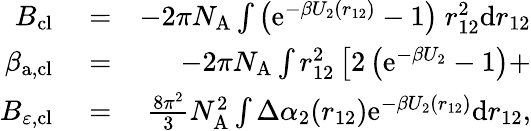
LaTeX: \begin{array}{rlr}{B_{\mathrm{cl}}}&{{}=}&{-2\pi N_{\mathrm{A}}\int\left(\mathrm{e}^{-\beta U_{2}(r_{12})}-1\right)~r_{12}^{2}\mathrm{d}r_{12}}\\ {\beta_{\mathrm{a,cl}}}&{{}=}&{-2\pi N_{\mathrm{A}}\int r_{12}^{2}\left[2\left(\mathrm{e}^{-\beta U_{2}}-1\right)+\right.}\\ {B_{\varepsilon,\mathrm{cl}}}&{{}=}&{\frac{8\pi^{2}}{3}N_{\mathrm{A}}^{2}\int\Delta\alpha_{2}(r_{12})\mathrm{e}^{-\beta U_{2}(r_{12})}\mathrm{d}r_{12},}\end{array}